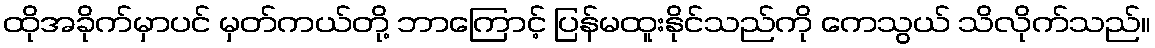
ထိုအခိုက်မှာပင် မှတ်ကယ်တို့ ဘာကြောင့် ပြန်မထူးနိုင်သည်ကို ကေသွယ် သိလိုက်သည်။